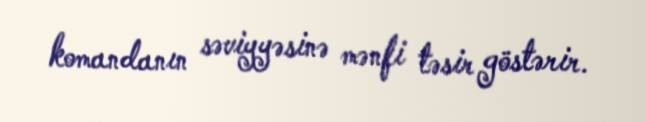
komandanın səviyyəsinə mənfi təsir göstərir.